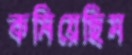
কমিয়েছিস